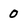
Character: 0